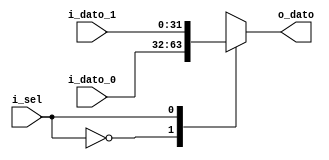
`timescale 1ns / 1ps

module mux2 #(
    parameter BUS_WIDTH = 32
    )(
    input wire i_sel,
    input wire [BUS_WIDTH-1:0] i_dato_0,
    input wire [BUS_WIDTH-1:0] i_dato_1,
        
    output reg [BUS_WIDTH-1:0] o_dato  
    );

    // No lleva clock
    always @(*) begin
        case (i_sel)
            0: o_dato = i_dato_0;
            1: o_dato = i_dato_1;

        default: o_dato = i_dato_0;
     endcase
end
   
endmodule